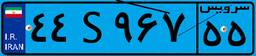
۴۴S۹۶۷۵۵